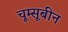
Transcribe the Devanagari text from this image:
चूम्सूबीन